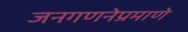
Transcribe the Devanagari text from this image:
जनगणनेप्रमाणे